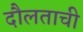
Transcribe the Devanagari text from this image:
दौलताची